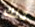
تلك